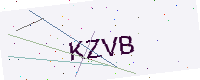
Text: KZVB